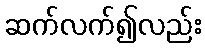
ဆက်လက်၍လည်း